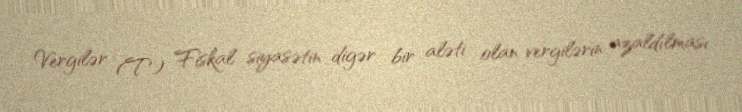
Vergilər (T) Fiskal siyasətin digər bir aləti olan vergilərin azaldılması